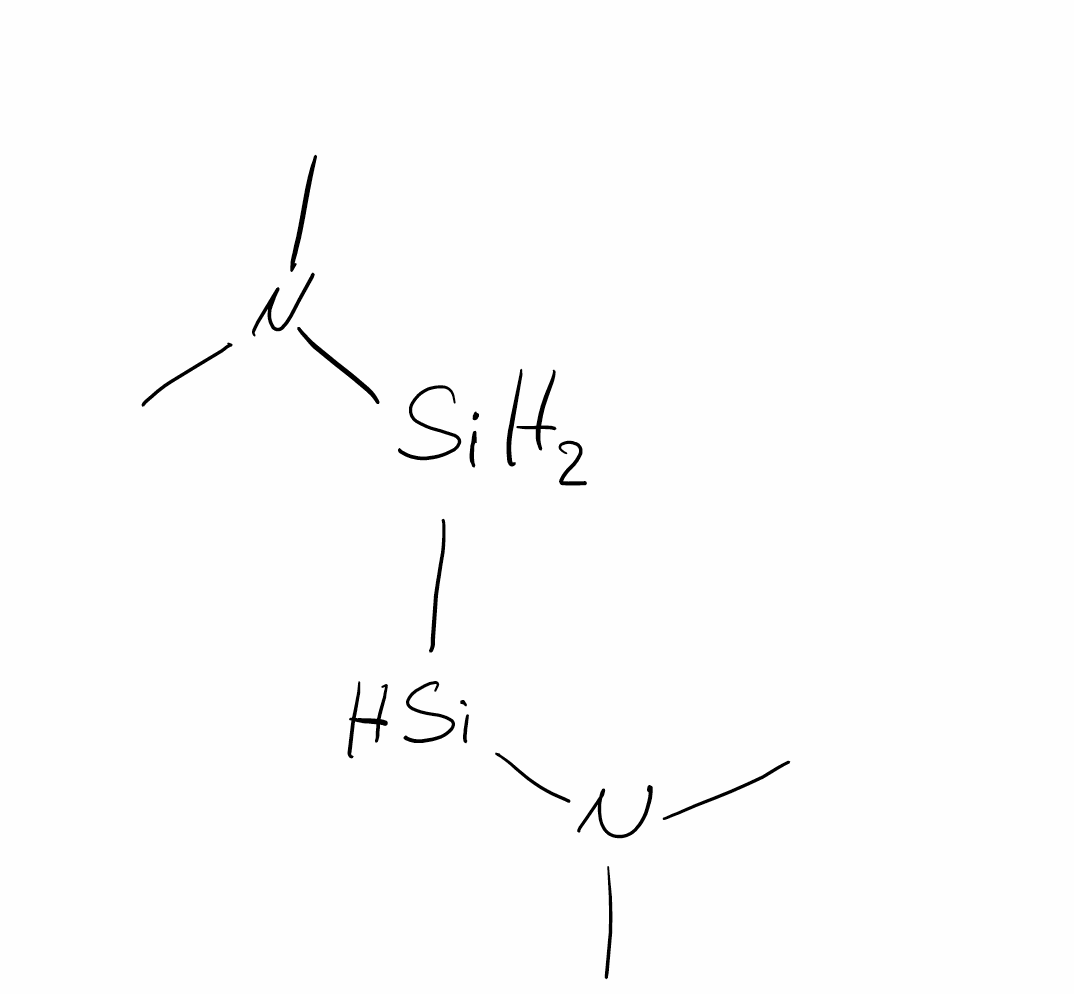
Simplified molecular-input line-entry system (SMILES) notation of the given molecule:
CN(C)[SiH2][SiH2]N(C)C